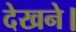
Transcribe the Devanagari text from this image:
देखने।